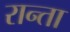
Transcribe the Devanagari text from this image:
रान्ता